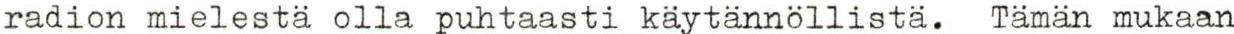
radion mielestä olla puhtaasti käytännöllistä. Tämän mukaan